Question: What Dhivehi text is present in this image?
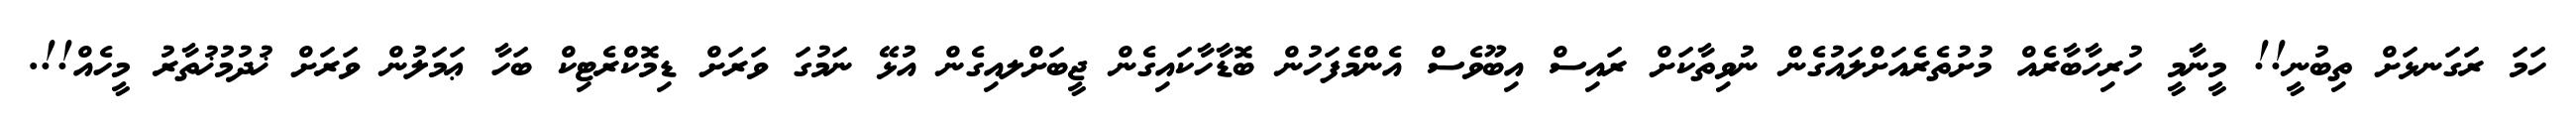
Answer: ހަމަ ރަގަނޅަށް ތިބުނީ!! މީނާމީ ހުރިހާބާރެއް މުށުތެރެއަށްލައުގެން ނުވިތާކަށް ރައިސް އިބޫވެސް އެންމެފަހުން ބޮޑާހާކައިގެން ޖީބަށްލއިގެން އުޅޭ ނަމުގަ ވަރަށް ޑިމޮކްރެޓިކް ބަހާ ޢަމަލުން ވަރަށް ޚުދުމުޚުތާރު މީހެއް!!.